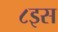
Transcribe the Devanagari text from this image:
८इस